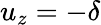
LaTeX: u_{z}=-\delta